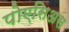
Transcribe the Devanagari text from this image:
पोएसिअस